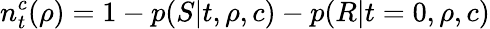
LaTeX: n_{t}^{c}(\rho)=1-p(S|t,\rho,c)-p(R|t=0,\rho,c)